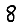
Digit: 8